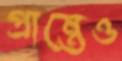
প্রান্তেও